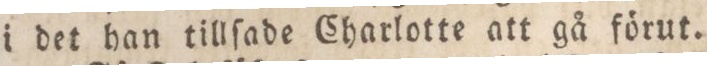
i det han tillſade Charlotte att gå förut.